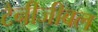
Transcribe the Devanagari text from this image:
टैनीजीबल